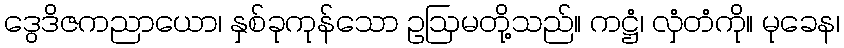
ဒွေဒိဇကညာယော၊ နှစ်ခုကုန်သော ဥဩမတို့သည်။ ကဋ္ဌံ၊ လှံတံကို။ မုခေန၊